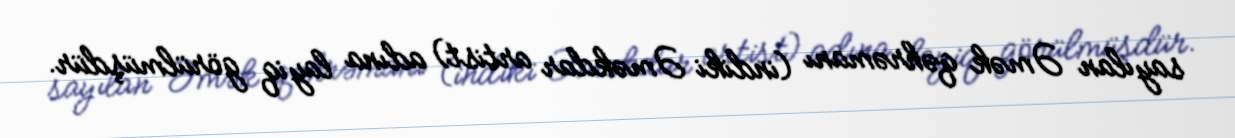
sayılan Əmək qəhrəmanı (indiki Əməkdar artist) adına layiq görülmüşdür.